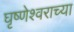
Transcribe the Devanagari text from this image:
घृष्णेश्वराच्या